Annual report of the Prince of Wales Medical College, Patna
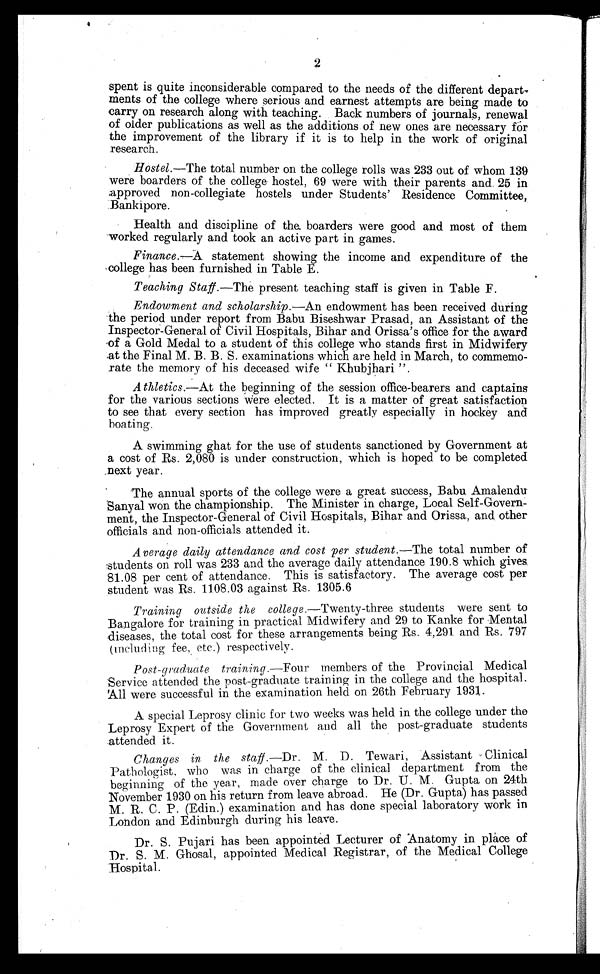
2
spent is quite inconsiderable compared to the needs of the different depart-
ments of the college where serious and earnest attempts are being made to
carry on research along with teaching. Back numbers of journals, renewal
of older publications as well as the additions of new ones are necessary for
the improvement of the library if it is to help in the work of original
research.
Hostel.—The total number on the college rolls was 233 out of whom 139
were boarders of the college hostel, 69 were with their parents and 25 in
approved non-collegiate hostels under Students’ Residence Committee,
Bankipore.
Health and discipline of the boarders were good and most of them
worked regularly and took an active part in games.
Finance.—A statement showing the income and expenditure of the
college has been furnished in Table E.
Teaching Staff.—The present teaching staff is given in Table F.
Endowment and scholarship.—An endowment has been received during
the period under report from Babu Biseshwar Prasad, an Assistant of the
Inspector-General of Civil Hospitals, Bihar and Orissa’s office for the award
of a Gold Medal to a student of this college who stands first in Midwifery
at the Final M. B. B. S. examinations which are held in March, to commemo-
- r a t e
t h e m e m o r y o f h i s d e c e a s e d w i f e “K
h u b j h a r i ”
Athletics.—At the beginning of the session office-bearers and captains
for the various sections were elected. It is a matter of great satisfaction
to see that every section has improved greatly especially in hockey and
boating.
A swimming ghat for the use of students sanctioned by Government at
a cost of Rs. 2,080 is under construction, which is hoped to be completed
_next year.
The annual sports of the college were a great success, Babu Amalendu
Sanyal won the championship. The Minister in charge, Local Self-Govern-
ment, the Inspector-General of Civil Hospitals, Bihar and Orissa, and other
officials and non-officials attended it.
Average daily attendance and cost per student.— The total number of
students on roll was 233 and the average daily attendance 190.8 which gives
81.08 per cent of attendance. This is satisfactory. The average cost per
student was Rs. 1108.03 against Rs. 1305.6
Training outside the college .—Twenty-three students were sent to
Bangalore for training in practical Midwifery and 29 to Kanke for Mental
diseases, the total cost for these arrangements being Rs. 4,291 and Rs. 797
(including fee, etc.) respectively.
Post-graduate training .—Four members of the Provincial Medical
Service attended the post-graduate training in the college and the hospital.
All were successful in the examination held on 26th February 1931.
A special Leprosy clinic for two weeks was held in the college under the
Leprosy Expert of the Government and all the post-graduate students
attended it.
Changes in the staff.— D r
. M . D . T e w a r i , A s s i s t a n t C l i n i c a l
Pathologist, who was in charge of the clinical department from the
beginning of the year, made over charge to Dr. U. M. Gupta on 24th
November 1930 on his return from leave abroad. He (Dr. Gupta) has passed
M. R. C. P. (Edin.) examination and has done special laboratory work in
London and Edinburgh during his leave.
Dr. S. Pujari has been appointed Lecturer of Anatomy in place of
Dr. S. M. Ghosal, appointed Medical Registrar, of the Medical College
Hospital.